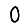
Digit: 0